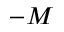
- M